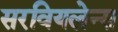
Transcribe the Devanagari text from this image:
सरवियलेन्स